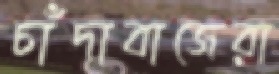
চাঁদাবাজেরা